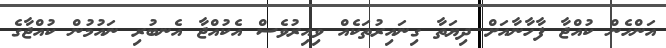
އަންހެން ކުއްޖާ ފާހާނާއަށް ދިޔަތާ ގިނައިރުތަކެއް ވިއިރުވެސް އެކުއްޖާ އެނބުރި ނައުމުން ކުއްޖާގެ